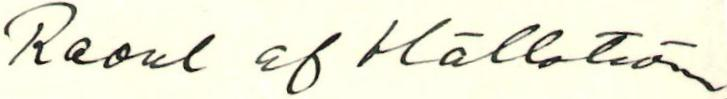
Raoul af Hällström